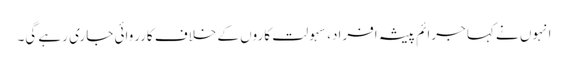
انہوں نے کہا جرائم پیشہ افراد، سہولت کاروں کے خلاف کارروائی جاری رہے گی۔